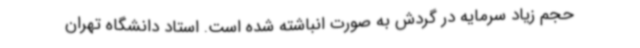
حجم زیاد سرمایه در گردش به صورت انباشته شده است. استاد دانشگاه تهران